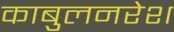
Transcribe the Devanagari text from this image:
काबुलनरेश